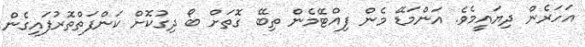
އަހަރެން ދިޔައީމެވެ. އަންމަޑޭ މެން ފިއްޓޭމެން ތިބޭ ގޮތަށް ބޯ ދިގުކޮށް ކަންފަތްތޮރުފައިގެން